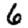
Digit: 6